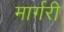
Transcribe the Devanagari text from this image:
मार्गरी